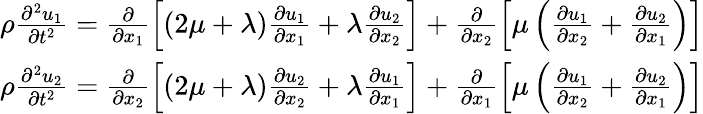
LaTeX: \begin{array}{r}{\rho\frac{\partial^{2}u_{1}}{\partial t^{2}}=\frac{\partial}{\partial x_{1}}\left[\left(2\mu+\lambda\right)\frac{\partial u_{1}}{\partial x_{1}}+\lambda\frac{\partial u_{2}}{\partial x_{2}}\right]+\frac{\partial}{\partial x_{2}}\left[\mu\left(\frac{\partial u_{1}}{\partial x_{2}}+\frac{\partial u_{2}}{\partial x_{1}}\right)\right]}\\ {\rho\frac{\partial^{2}u_{2}}{\partial t^{2}}=\frac{\partial}{\partial x_{2}}\left[\left(2\mu+\lambda\right)\frac{\partial u_{2}}{\partial x_{2}}+\lambda\frac{\partial u_{1}}{\partial x_{1}}\right]+\frac{\partial}{\partial x_{1}}\left[\mu\left(\frac{\partial u_{1}}{\partial x_{2}}+\frac{\partial u_{2}}{\partial x_{1}}\right)\right]}\end{array}